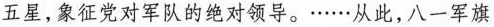
五星，象征党对军队的绝对领导。……从此，八一军旗